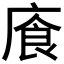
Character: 𫷸